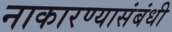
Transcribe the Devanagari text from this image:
नाकारण्यासंबंधी